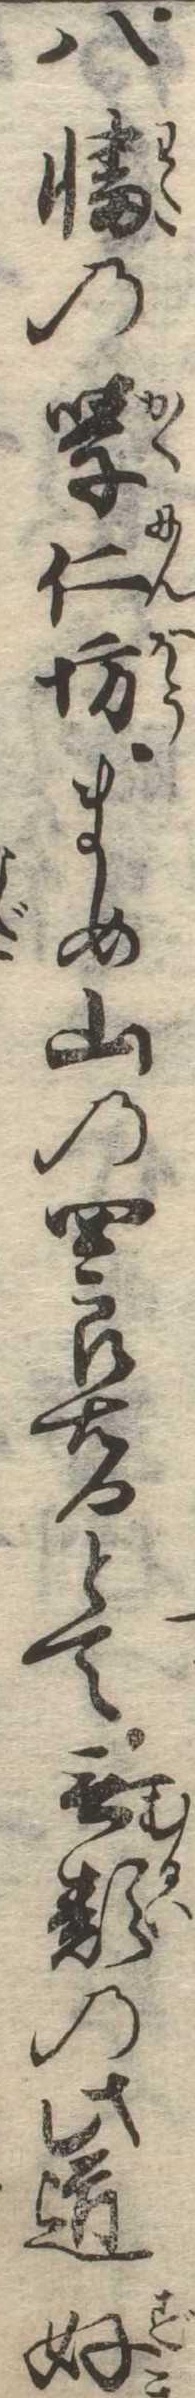
八幡の学仁坊まめ山の四郎右門とて無類の此道好